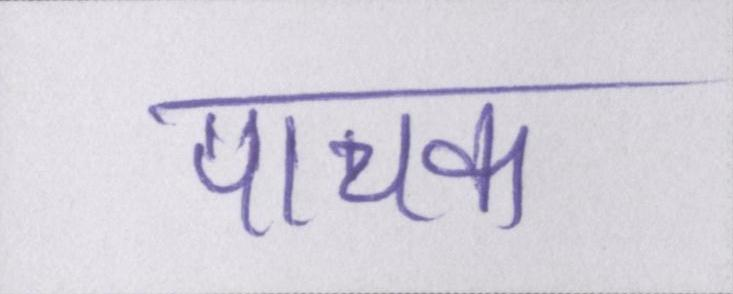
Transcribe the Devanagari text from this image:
पाचक